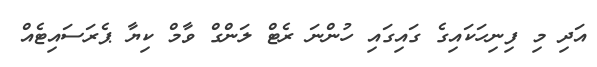
އަދި މި ފިނިހަކައިގެ ގައިގައި ހުންނަ ރެޓް ލަންގް ވާމް ކިޔާ ޕެރަސައިޓެއް